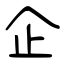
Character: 企